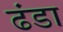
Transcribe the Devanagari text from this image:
ढंडा